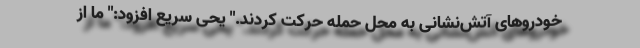
خودروهای آتش‌نشانی به محل حمله حرکت کردند." یحی سریع افزود:" ما از